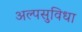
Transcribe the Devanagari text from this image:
अल्पसुविधा